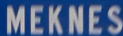
MEKNES